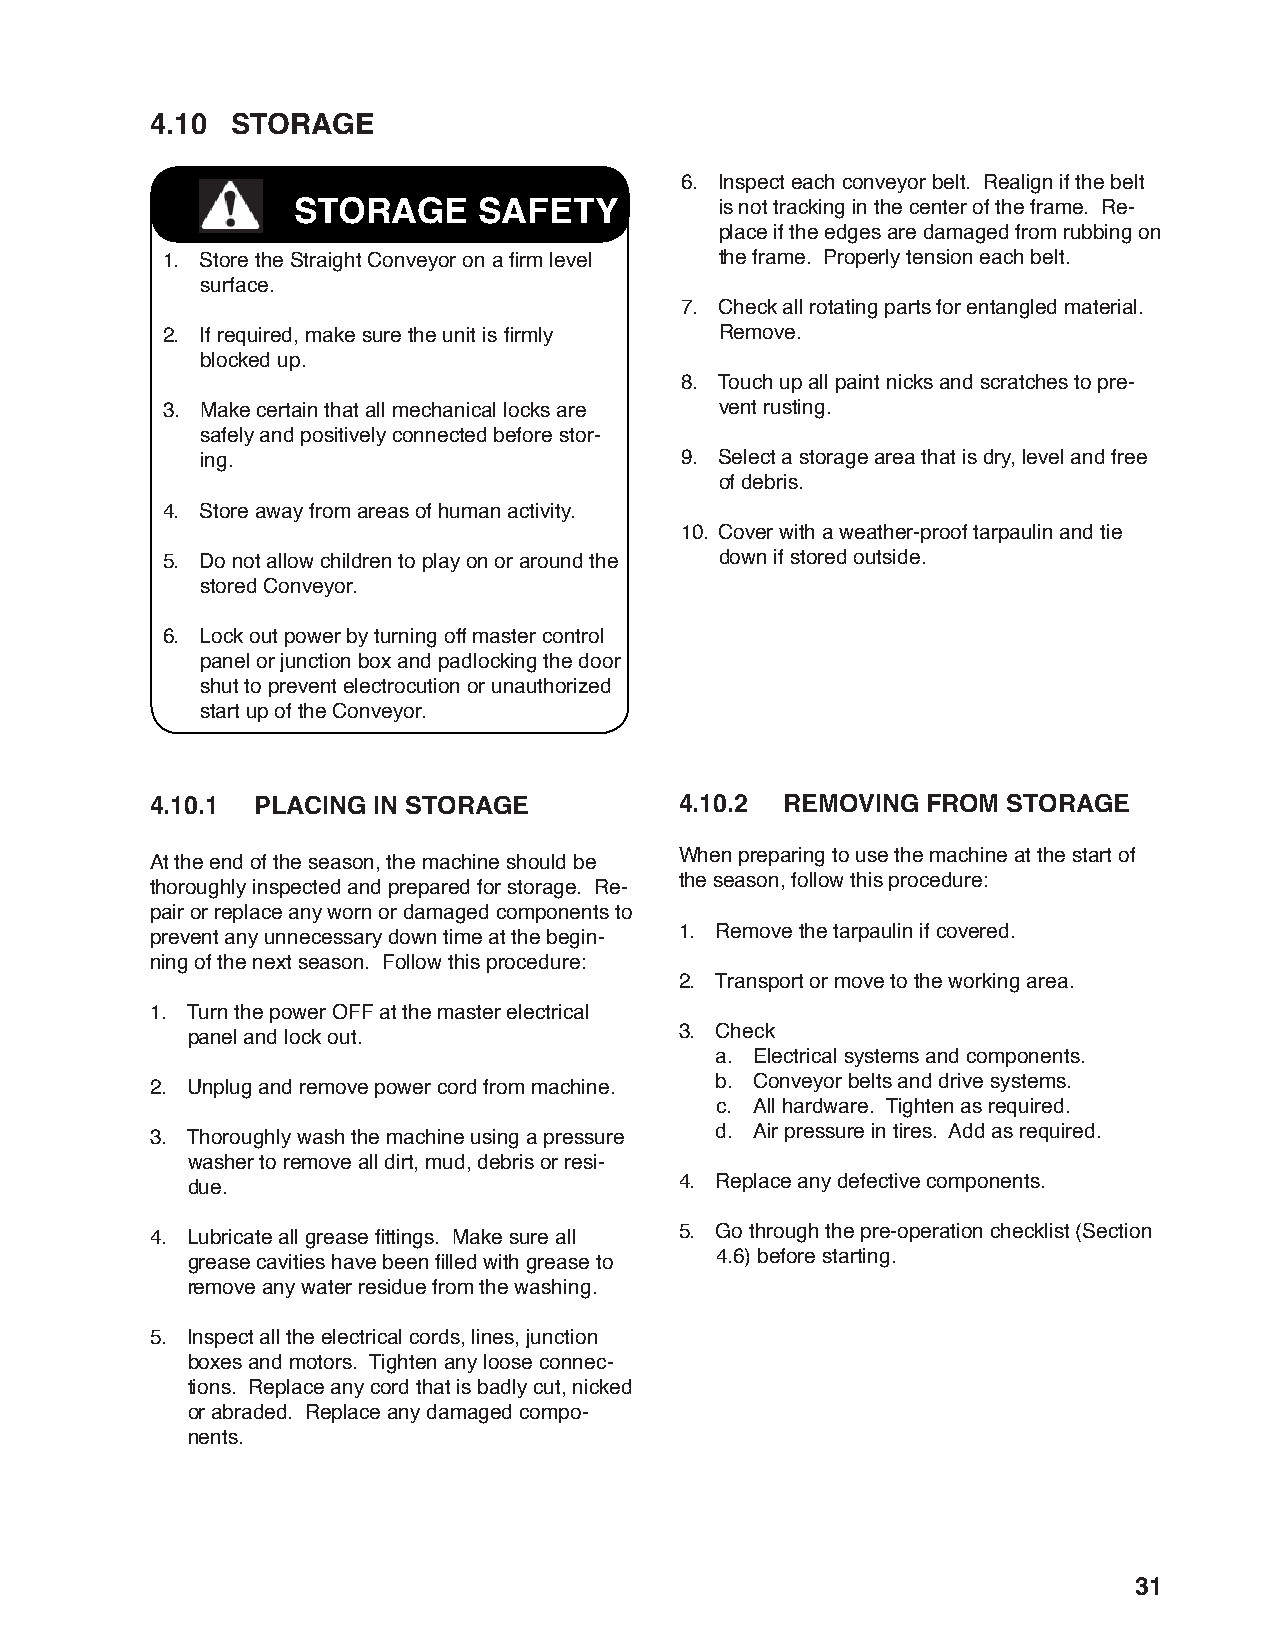
4.10 STORAGE
 6. Inspect each conveyor belt. Realign if the belt
 STORAGE      SAFETY          is not tracking in the center of the frame. Re-
 place if the edges are damaged from rubbing on
 1. Store the Straight Conveyor on a fi rm level the frame. Properly tension each belt.
 surface.
 7. Check all rotating parts for entangled material.
 2. If required, make sure the unit is fi rmly Remove.
 blocked up.
 8. Touch up all paint nicks and scratches to pre-
 3. Make certain that all mechanical locks are vent rusting.
 safely and positively connected before stor-
 ing.                            9. Select a storage area that is dry, level and free
 of debris.
 4. Store away from areas of human activity.
 10. Cover with a weather-proof tarpaulin and tie
 5. Do not allow children to play on or around the down if stored outside.
 stored Conveyor.
 6. Lock out power by turning off master control
 panel or junction box and padlocking the door
 shut to prevent electrocution or unauthorized
 start up of the Conveyor.
 4.10.1 PLACING IN STORAGE          4.10.2 REMOVING FROM  STORAGE
 When preparing to use the machine at the start of
 At the end of the season, the machine should be
 the season, follow this procedure:
 thoroughly inspected and prepared for storage. Re-
 pair or replace any worn or damaged components to
 1. Remove the tarpaulin if covered.
 prevent any unnecessary down time at the begin-
 ning of the next season. Follow this procedure:
 2. Transport or move to the working area.
 1. Turn the power OFF at the master electrical
 3. Check
 panel and lock out.
 a. Electrical systems and components.
 b. Conveyor belts and drive systems.
 2. Unplug and remove power cord from machine.
 c. All hardware. Tighten as required.
 d. Air pressure in tires. Add as required.
 3. Thoroughly wash the machine using a pressure
 washer to remove all dirt, mud, debris or resi-
 4. Replace any defective components.
 due.
 5. Go through the pre-operation checklist (Section
 4. Lubricate all grease fi ttings. Make sure all
 4.6) before starting.
 grease cavities have been fi lled with grease to
 remove any water residue from the washing.
 5. Inspect all the electrical cords, lines, junction
 boxes and motors. Tighten any loose connec-
 tions. Replace any cord that is badly cut, nicked
 or abraded. Replace any damaged compo-
 nents.
 31